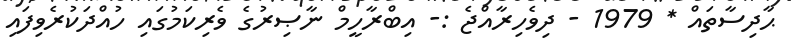
ޙާދިސާތައް * 1979 - ދިވެހިރާއްޖެ :- އިބްރާހީމް ނާޞިރުގެ ވެރިކަމުގައި ހުއްދަކުރެވިފައި